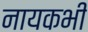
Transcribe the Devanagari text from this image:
नायकभी